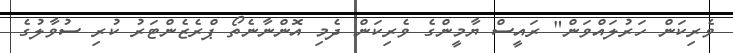
ވެރިކަން ހަރުލައްވަން" ރައީސް ޔާމީންގެ ވެރިކަން ދެމި އޮންނާނެތޯ ޕްރެޒެންޓަރު ކުރި ސުވާލުގެ